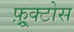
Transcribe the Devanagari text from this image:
फ़्रूक्टोस